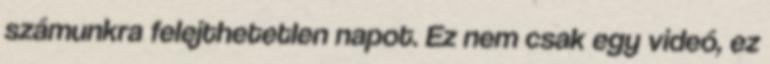
számunkra felejthetetlen napot. Ez nem csak egy videó, ez